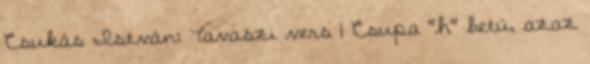
Csukás István: Tavaszi vers 1 Csupa "h" betü, azaz